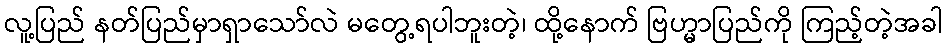
လူ့ပြည် နတ်ပြည်မှာရှာသော်လဲ မတွေ့ရပါဘူးတဲ့၊ ထို့နောက် ဗြဟ္မာပြည်ကို ကြည့်တဲ့အခါ